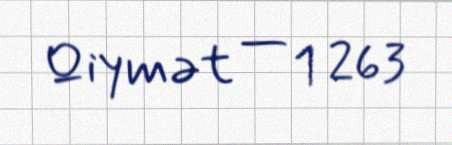
Qiymət — 1 263